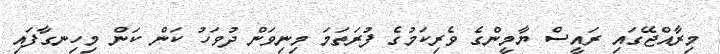
މިރާއްޖޭގައި ރައީސް ޔާމީންގެ ވެރިކަމުގެ ފުރަތަމަ މިނިވަން ދުވަހު ކަން ކަން މިހިނގާފައި